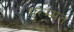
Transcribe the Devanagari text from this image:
मुरम्मत